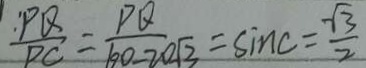
\frac { P Q } { P C } = \frac { P Q } { 6 0 - 2 0 \sqrt { 3 } } = \sin C = \frac { \sqrt { 3 } } { 2 }